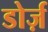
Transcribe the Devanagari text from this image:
डोर्ज़